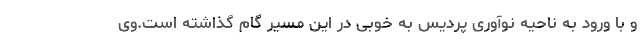
و با ورود به ناحیه نوآوری پردیس به خوبی در این مسیر گام گذاشته است.وی